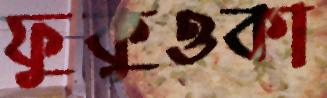
ফুকুওকা